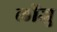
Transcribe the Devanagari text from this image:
लोंजु